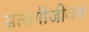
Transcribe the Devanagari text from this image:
सत्संगीजीवन